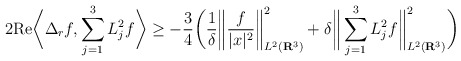
\begin{align*}2 \mathrm{Re}\bigg\langle \Delta_r f, \sum_{j=1}^3 L_j^2f \bigg\rangle \geq -\frac{3}{4} \bigg( \frac{1}{\delta} \bigg\| \frac{f}{|x|^2} \bigg\|_{L^2(\mathbf{R}^3)}^2 + \delta \bigg\| \sum_{j=1}^3 L_j^2f \bigg\|_{L^2(\mathbf{R}^3)}^2 \bigg)\end{align*}